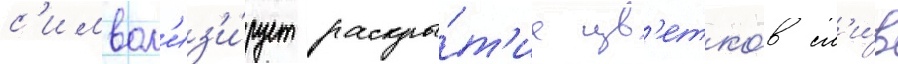
с'имвол'из'и́рует раскры́т'ие цв'етко́в сл'и́в